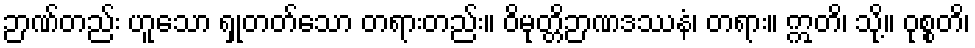
ဉာဏ်တည်း ဟူသော ရှုတတ်သော တရားတည်း။ ဝိမုတ္တိဉာဏဒဿနံ၊ တရား။ ဣတိ၊ သို့။ ဝုစ္စတိ၊